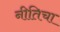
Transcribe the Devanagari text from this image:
नीतिचा